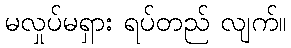
မလှုပ်မရှား ရပ်တည် လျက်။